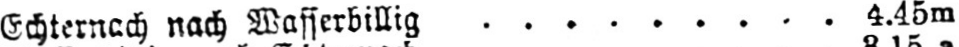
Echternach nach Wasserbillig ......... 4.45m